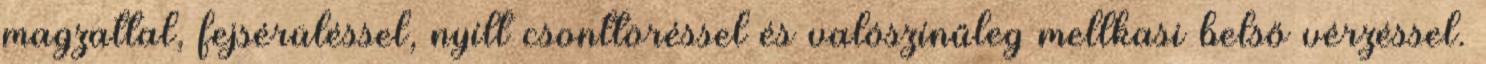
magzattal, fejsérüléssel, nyílt csonttöréssel és valószínűleg mellkasi belső vérzéssel.